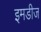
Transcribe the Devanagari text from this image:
इमडीज